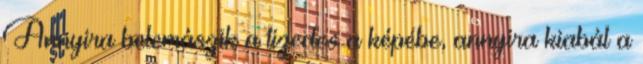
Annyira belemászik a tizedes a képébe, annyira kiabál a